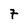
Character: 7